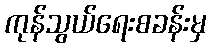
ကုန်သွယ်ရေးစခန်းမှ